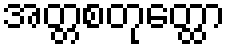
အတ္တစတုတ္ထော